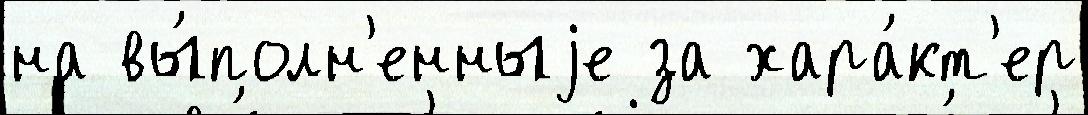
на вы́полн'енныjе за хара́кт'ер